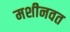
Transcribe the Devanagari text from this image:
मशीनवत